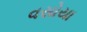
વસોયા